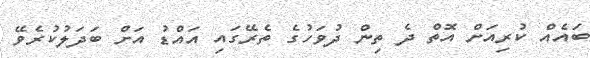
ބައެއް ކުރިއަށް އޮތް ދެ ތިން ދުވަހުގެ ތެރޭގައި އައްޑު އަށް ބަދަލުކުރެވޭ